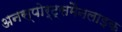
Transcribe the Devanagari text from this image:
अनस्पोर्ट्समैनलाइक